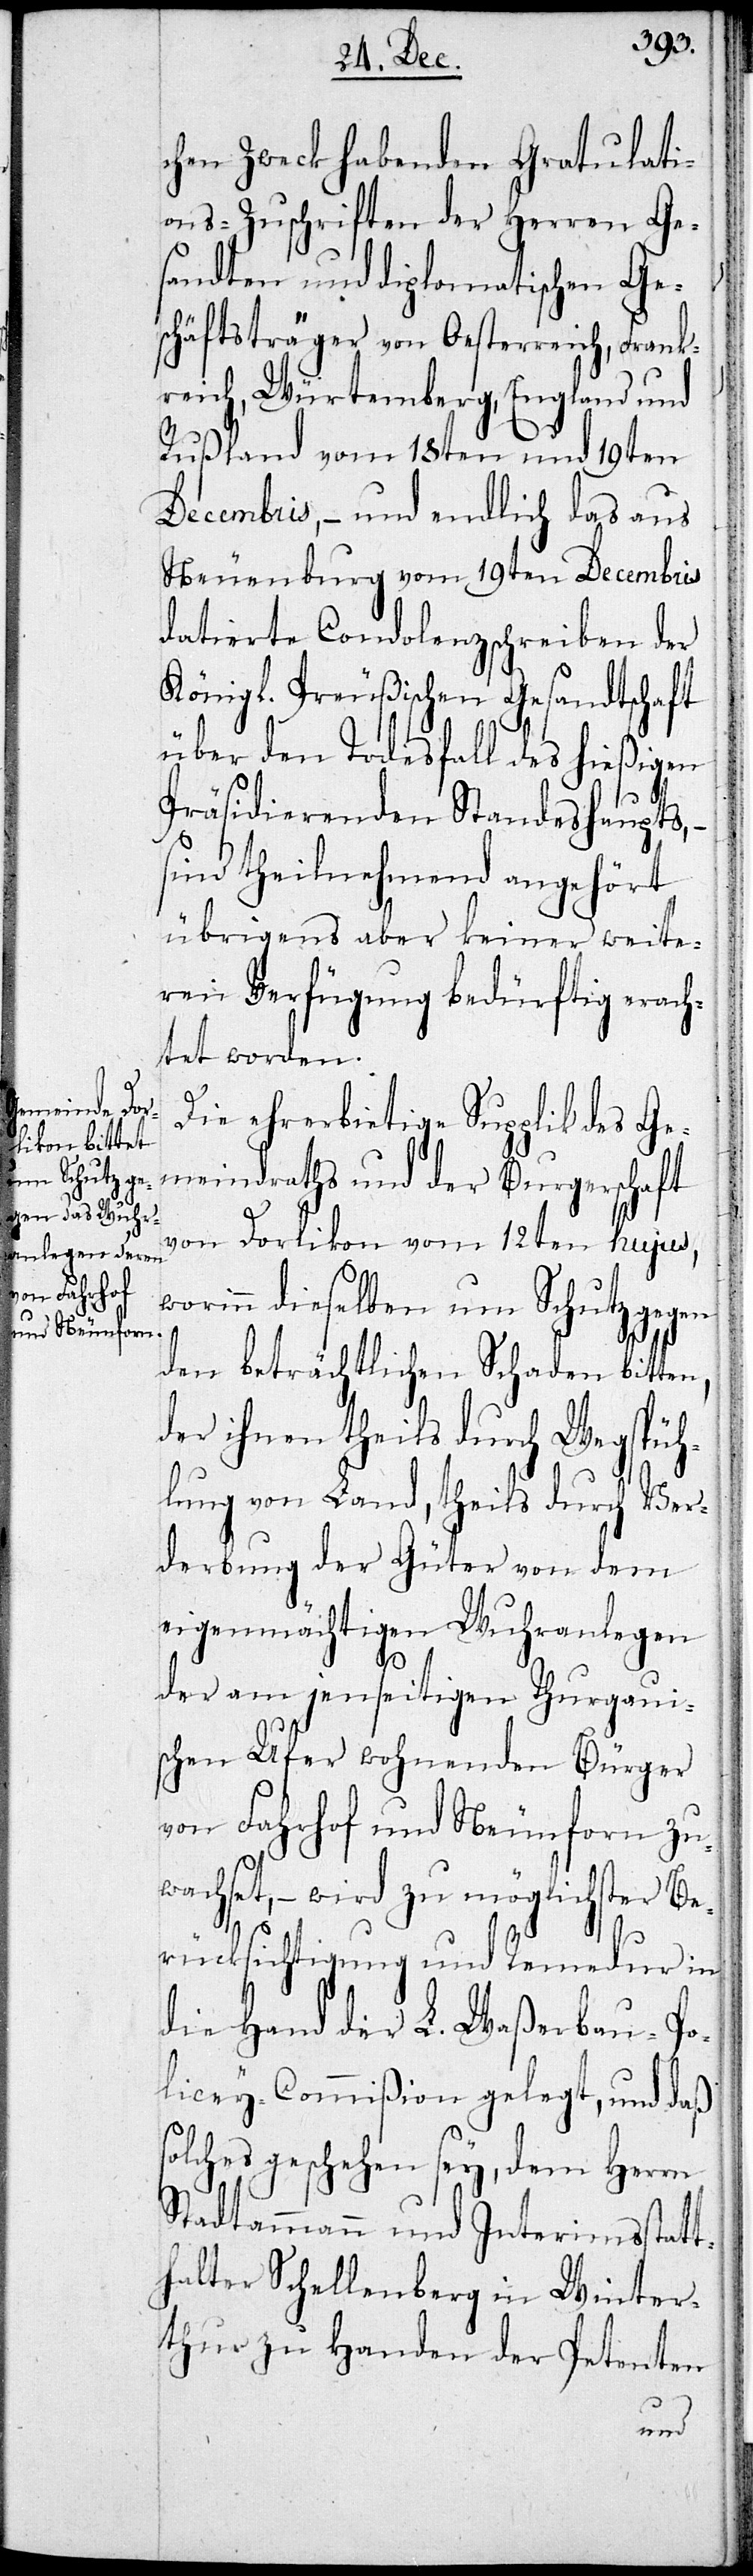
chen Zweck habenden Gratulati¬
ons-Zuschriften der Herren Ge¬
sandten und diplomatischen Ges¬
chäftsträger von Oesterreich, Frank¬
reich, Würtemberg, England und
Rußland vom 18ten und 19ten
Decembris, – und endlich das aus
Neuenburg vom 19ten Decembris
datierte Condolenzschreiben der
Königl. Preußischen Gesandtschaft
über den Todesfall des hießigen
Präsidierenden Standeshaupts, –
sind theilnehmend angehört
übrigens aber keiner weite¬
ren Verfügung bedürftig erach¬
tet worden.
Die ehrerbietige Supplik des Ge¬
meindraths und der Burgerschaft
von Dorlikon vom 12ten hujus,
worinn dieselben um Schutz gegen
den beträchtlichen Schaden bitten,
der ihnen theils durch Wegspüh¬
lung von Land, theils durch Ver¬
derbung der Güter von dem
eigenmächtigen Wuhranlegen
der am jenseitigen thurgaui¬
schen Ufer wohnenden Bürger
von Fahrhof und Neunforn zu¬
wachset, – wird zu möglichster Be¬
rücksichtigung und Remedur in
die Hand der L. Waßerbau-Po¬
lizey-Commißion gelegt, und daß
olches geschehen sey, dem Herrn
Stadtammann und Interimsstatt¬
halter Schellenberg in Winter¬
thur zu Handen der Petenten
s¬